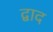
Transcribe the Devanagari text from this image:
द्वाद